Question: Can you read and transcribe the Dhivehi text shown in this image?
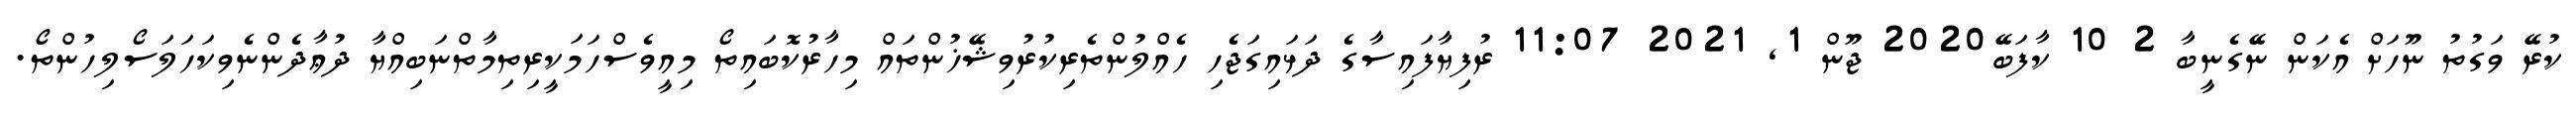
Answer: ކުރޭ ވަގުތު ނޫހަށް އެކަން ނޭގެނީބާ 2 10 ކާފަބޭ2020 ޖޫން 1, 2021 11:07 ރުފިޔާފައިސާގެ ދަޅައިގަޖެހި ހެއްލުންތެރިކުރުވިޝޭޚުންތައް މިހާރުކޮބައިތޯ މިއީވެސްހަމަކީރިތިމާތްނަބިއްޔާ ދުޢާދެންނެވިކަހަލަސޯލިހުންތޯ.